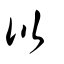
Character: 㠯